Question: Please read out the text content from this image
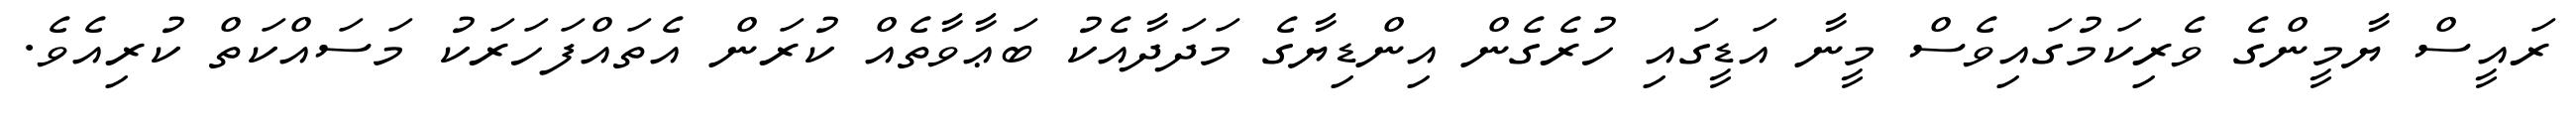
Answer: ރައީސް ޔާމީންގެ ވެރިކަމުގައިވެސް މީނާ އަޑީގައި ހުރެގެން އިންޑިޔާގެ މަދަދާއެކު ބަޢާވާތެއް ކުރަން އެތައްފަހަރަކު މަސައްކަތް ކުރިއެވެ.